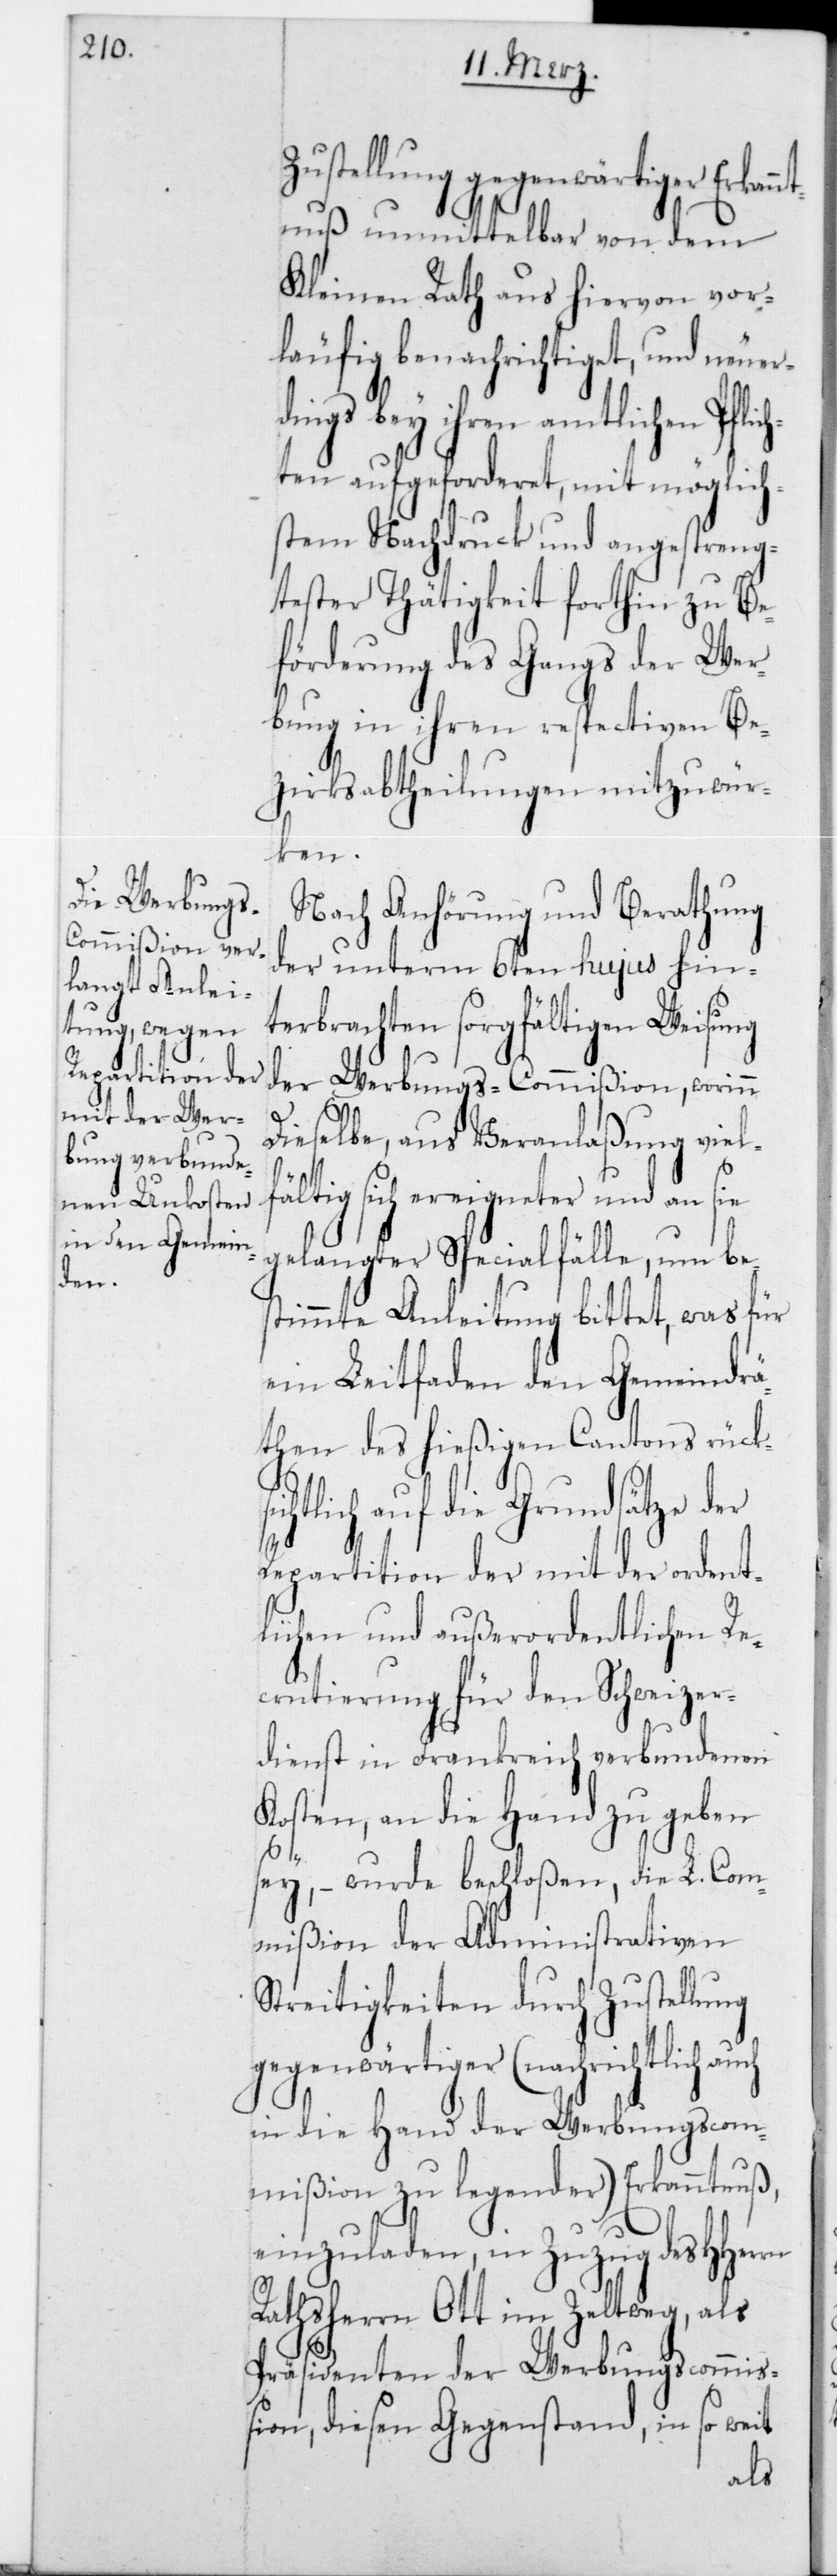
lic¬

Zustellung gegenwärtiger Erkan¬
ntnuß unmittelbar von dem
Kleinen Rath aus hiervon vor¬
läufig benachrichtiget, und neuer¬
gs bei ihren amtlichen Pf¬
hten aufgeforderet, mit möglich¬
stem Nachdruck und angestreng¬
tester Thätigkeit forthin zu Be¬
förderung des Gangs der Wer¬
bung in ihren respectiven Be¬
zirksabteilungen mitzuwür¬
ken.
Nach Anhörung und Berathung
der unterm 6ten hujus hin¬
terbrachten sorgfältigen Weisung
der Werbungs-Commißion, worin
dieselbe, aus Veranlaßung viel¬
fältig sich ereigneter und an sie
gelangter Specialfälle, um be¬
stimmte Anleitung bittet, was für
ein Leitfaden den Gemeindrä¬
then des hießigen Cantons rücksi¬
chtlich auf die Grundsätze der
Repartition der mit der ordent¬
lichen und außerordentlichen Re¬
crutierung für den Schweizer¬
dienst in Frankreich verbundenen
Kosten, an die Hand zu geben
sey, – wurde beschloßen, die L. Com¬
mißion der Administrativen
Streitigkeiten durch Zustellung
gegenwärtiger (nachrichtlich
in die Hand der Werbungscom¬
mißion zu legender) Erkanntnuß,
einzuladen, in Zuzug des HHerren
Rathsherrn Ott im Zeltweg, als
Präsidenten der Werbungscommi¬
ßion, diesen Gegenstand, in so weit